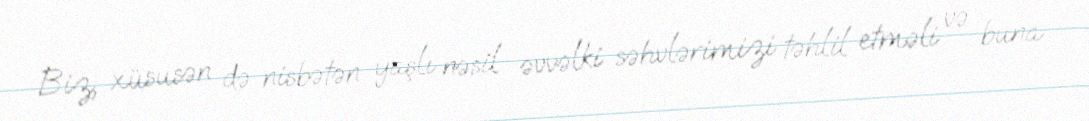
Biz, xüsusən də nisbətən yaşlı nəsil əvvəlki səhvlərimizi təhlil etməli və buna